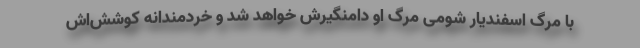
با مرگ اسفندیار شومی مرگِ او دامنگیرش خواهد شد و خردمندانه کوشش‌اش